Indian journal of veterinary science and animal husbandry - Volumes 15-17, 1948-1951
Year: 1948
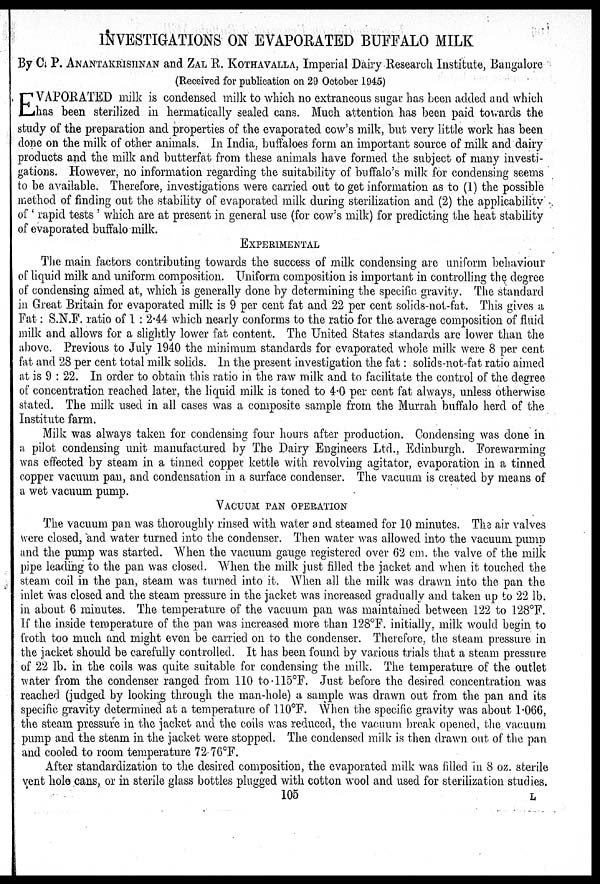
INVESTIGATIONS ON EVAPORATED BUFFALO MILK
By C. P. ANANTAKRISHNAN and ZAL R. KOTHAVALLA, Imperial Dairy Research Institute, Bangalore
(Received for publication on 29 October 1945)
E VAPORATED milk is condensed milk to which no extraneous sugar has been added and which
has been sterilized in hermatically sealed cans. Much attention has been paid towards the
study of the preparation and properties of the evaporated cow's milk, but very little work has been
done on the milk of other animals. In India, buffaloes form an important source of milk and dairy
products and the milk and butterfat from these animals have formed the subject of many investi-
gations. However, no information regarding the suitability of buffalo's milk for condensing seems
to be available. Therefore, investigations were carried out to get information as to (1) the possible
method of finding out the stability of evaporated milk during sterilization and (2) the applicability
of 'rapid tests' which are at present in general use (for cow's milk) for predicting the heat stability
of evaporated buffalo milk.
EXPERIMENTAL
The main factors contributing towards the success of milk condensing are uniform behaviour
of liquid milk and uniform composition. Uniform composition is important in controlling the degree
of condensing aimed at, which is generally done by determining the specific gravity. The standard
in Great Britain for evaporated milk is 9 per cent fat and 22 per cent solids-not-fat. This gives a
Fat: S.N.F. ratio of 1:2.44 which nearly conforms to the ratio for the average composition of fluid
milk and allows for a slightly lower fat content. The United States standards are lower than the
above. Previous to July 1940 the minimum standards for evaporated whole milk were 8 per cent
fat and 28 per cent total milk solids. In the present investigation the fat: solids-not-fat ratio aimed
at is 9:22. In order to obtain this ratio in the raw milk and to facilitate the control of the degree
of concentration reached later, the liquid milk is toned to 4.0 per cent fat always, unless otherwise
stated. The milk used in all cases was a composite sample from the Murrah buffalo herd of the
Institute farm.
Milk was always taken for condensing four hours after production. Condensing was done in
a pilot condensing unit manufactured by The Dairy Engineers Ltd., Edinburgh. Forewarming
was effected by steam in a tinned copper kettle with revolving agitator, evaporation in a tinned
copper vacuum pan, and condensation in a surface condenser. The vacuum is created by means of
a wet vacuum pump.
VACUUM PAN OPERATION
The vacuum pan was thoroughly rinsed with water and steamed for 10 minutes. The air valves
were closed, and water turned into the condenser. Then water was allowed into the vacuum pump
and the pump was started. When the vacuum gauge registered over 62 cm. the valve of the milk
pipe leading to the pan was closed. When the milk just filled the jacket and when it touched the
steam coil in the pan, steam was turned into it. When all the milk was drawn into the pan the
inlet was closed and the steam pressure in the jacket was increased gradually and taken up to 22 lb.
in about 6 minutes. The temperature of the vacuum pan was maintained between 122 to 128°F.
If the inside temperature of the pan was increased more than 128°F. initially, milk would begin to
froth too much and might even be carried on to the condenser. Therefore, the steam pressure in
the jacket should be carefully controlled. It has been found by various trials that a steam pressure
of 22 lb. in the coils was quite suitable for condensing the milk. The temperature of the outlet
water from the condenser ranged from 110 to 115°F. Just before the desired concentration was
reached (judged by looking through the man-hole) a sample was drawn out from the pan and its
specific gravity determined at a temperature of 110°F. When the specific gravity was about 1.066,
the steam pressure in the jacket and the coils was reduced, the vacuum break opened, the vacuum
pump and the steam in the jacket were stopped. The condensed milk is then drawn out of the pan
and cooled to room temperature 72.76°F.
After standardization to the desired composition, the evaporated milk was filled in 8 oz. sterile
vent hole cans, or in sterile glass bottles plugged with cotton wool and used for sterilization studies.
105
L